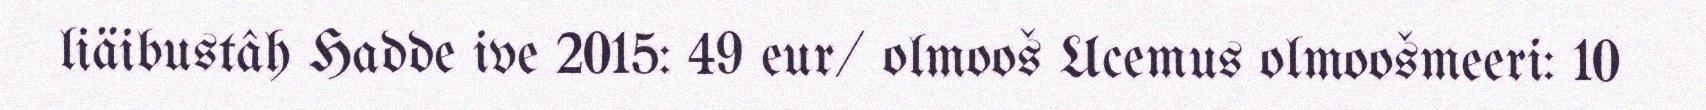
liäibustâh Hadde ive 2015: 49 eur/ olmooš Ucemus olmoošmeeri: 10